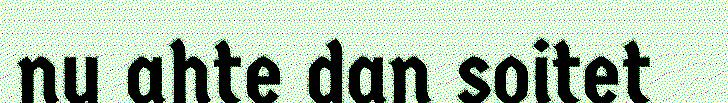
nu ahte dan soitet